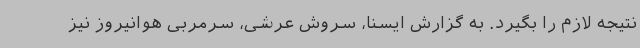
نتیجه لازم را بگیرد. به گزارش ایسنا، سروش عرشی، سرمربی هوانیروز نیز